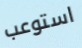
استوعب